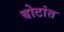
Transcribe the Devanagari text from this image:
बोटांत